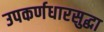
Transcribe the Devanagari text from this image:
उपकर्णधारसुद्धा